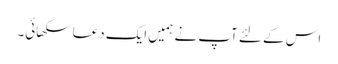
اس کے لئے آپ نے ہمیں ایک دعا سکھائی۔